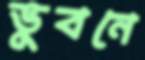
ভুবনে